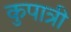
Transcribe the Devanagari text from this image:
कुपात्री